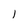
Character: 1